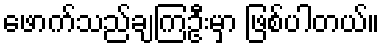
ဖောက်သည်ချကြဦးမှာ ဖြစ်ပါတယ်။